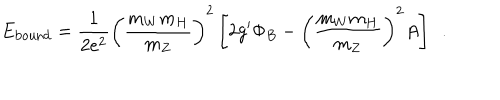
E _ { \mathrm { b o u n d } } = \frac { 1 } { 2 e ^ { 2 } } \left( \frac { m _ { W } m _ { H } } { m _ { Z } } \right) ^ { 2 } \left[ 2 g ^ { \prime } \Phi _ { B } - \left( \frac { m _ { W } m _ { H } } { m _ { Z } } \right) ^ { 2 } A \right] ~ ~ .